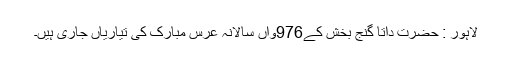
لاہور : حضرت داتا گنج بخش کے976واں سالانہ عرس مبارک کی تیاریاں جاری ہیں۔